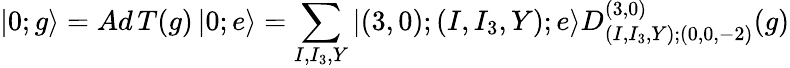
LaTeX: |0;g\rangle=Ad\, T(g)\, |0;e\rangle=\sum_{I,I_{3},Y}|(3,0);(I,I_{3},Y);e\rangle D_{(I,I_{3},Y);(0,0,-2)}^{(3,0)}(g)